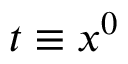
t \equiv x ^ { 0 }